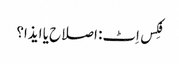
فِکس اِٹ: اصلاح یا ایذا؟